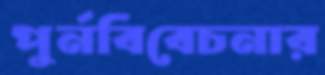
পুর্নবিবেচনার